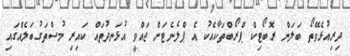
ދިރިއުޅެވޭތޯ ބަލަން ރޮބޯޓިކް ޕްރޯބްތަކާއެކު އެ ޕްލެނެޓަށް ޖައްވީ އުޅަނދުތައް ކައިރި މުސްތަގުބަލެއްގައި